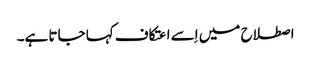
اصطلاح میں اِسے اعتکاف کہا جاتا ہے۔